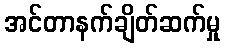
အင်တာနက်ချိတ်ဆက်မှု